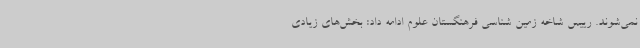
نمی‌شوند. رییس شاخه زمین شناسی فرهنگستان علوم ادامه داد: بخش‌های زیادی